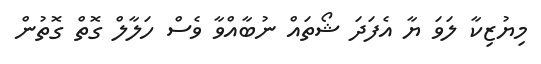
މިޔުޒިކާ ލަވަ ޔާ އެފަދަ ޝޯތައް ނުބާއްވާ ވެސް ހަލާލް ގޮތް ގޮތުން